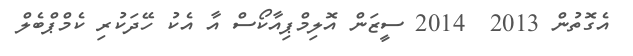
އެގޮތުން 2013  2014 ސީޒަން އޮލިމްޕިއާކޯސް އާ އެކު ހޭދަކުރި ކެމްޕްބެލް